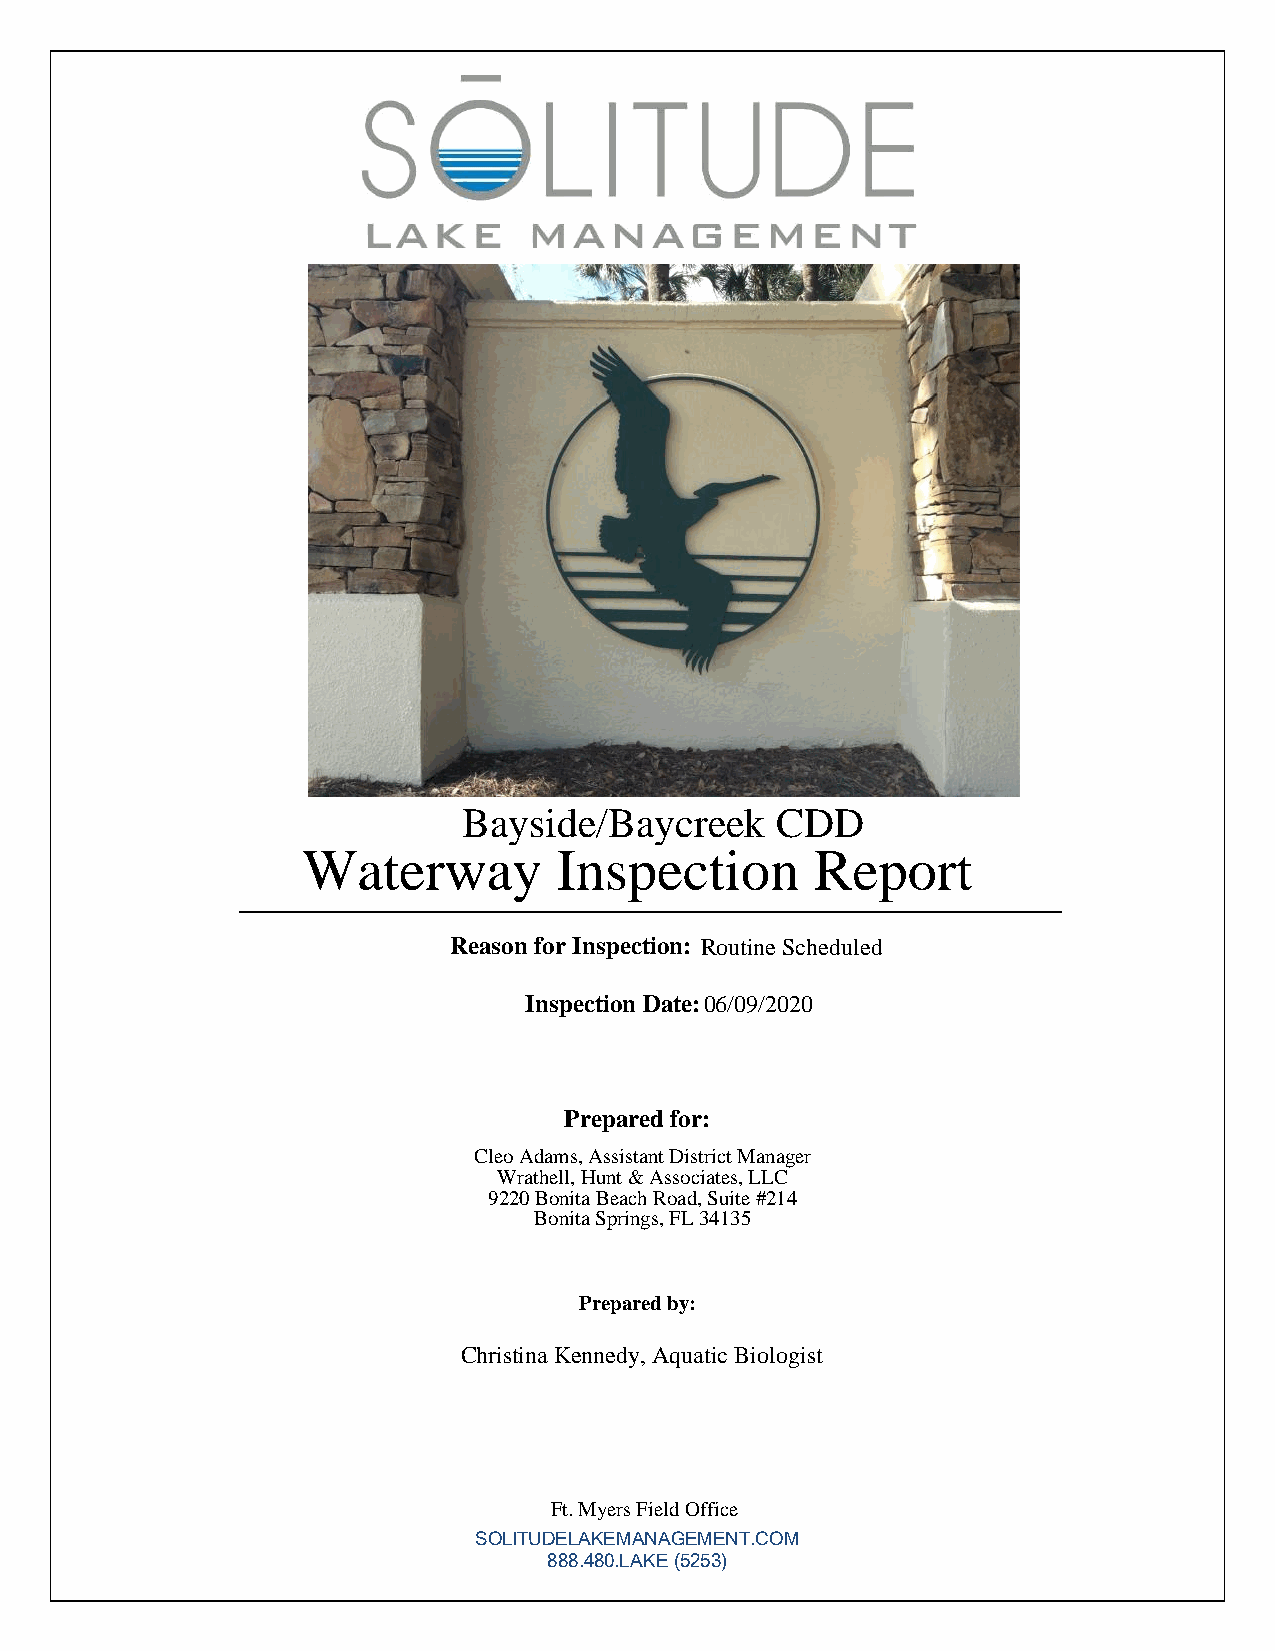
-
 LAKE      . MA   NAG     EM   ENT
 ~
 Bayside/Baycreek    CDD
 Waterway         Inspection       Report
 Reason for Inspection: Routine Scheduled
 Inspection Date: 0 6/09/2020
 Prepared for:
 Cleo Adams, Assist ant District Manager
 Wrathell, Hunt & Associates, LLC
 9220 Bonita Beach Road, Suite #214
 Bonita Springs, FL 34135
 Prepared by:
 Christina Kennedy, Aquatic Biologist
 Ft. Myers Field Office
 SOLITUDELAKEMANAGEMENT.COM
 888.480.LAKE (5253)